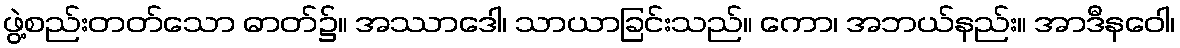
ဖွဲ့စည်းတတ်သော ဓာတ်၌။ အဿာဒေါ၊ သာယာခြင်းသည်။ ကော၊ အဘယ်နည်း။ အာဒီနဝေါ၊